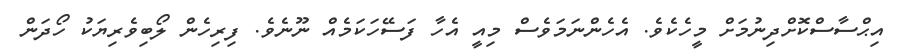
އިޙްސާސްކޮށްދިނުމަށް މީހެކެވެ. އެހެންނަމަވެސް މިއީ އެހާ ފަސޭހަކަމެއް ނޫނެވެ. ފިރިހެން ލޯބިވެރިޔަކު ހޯދަން